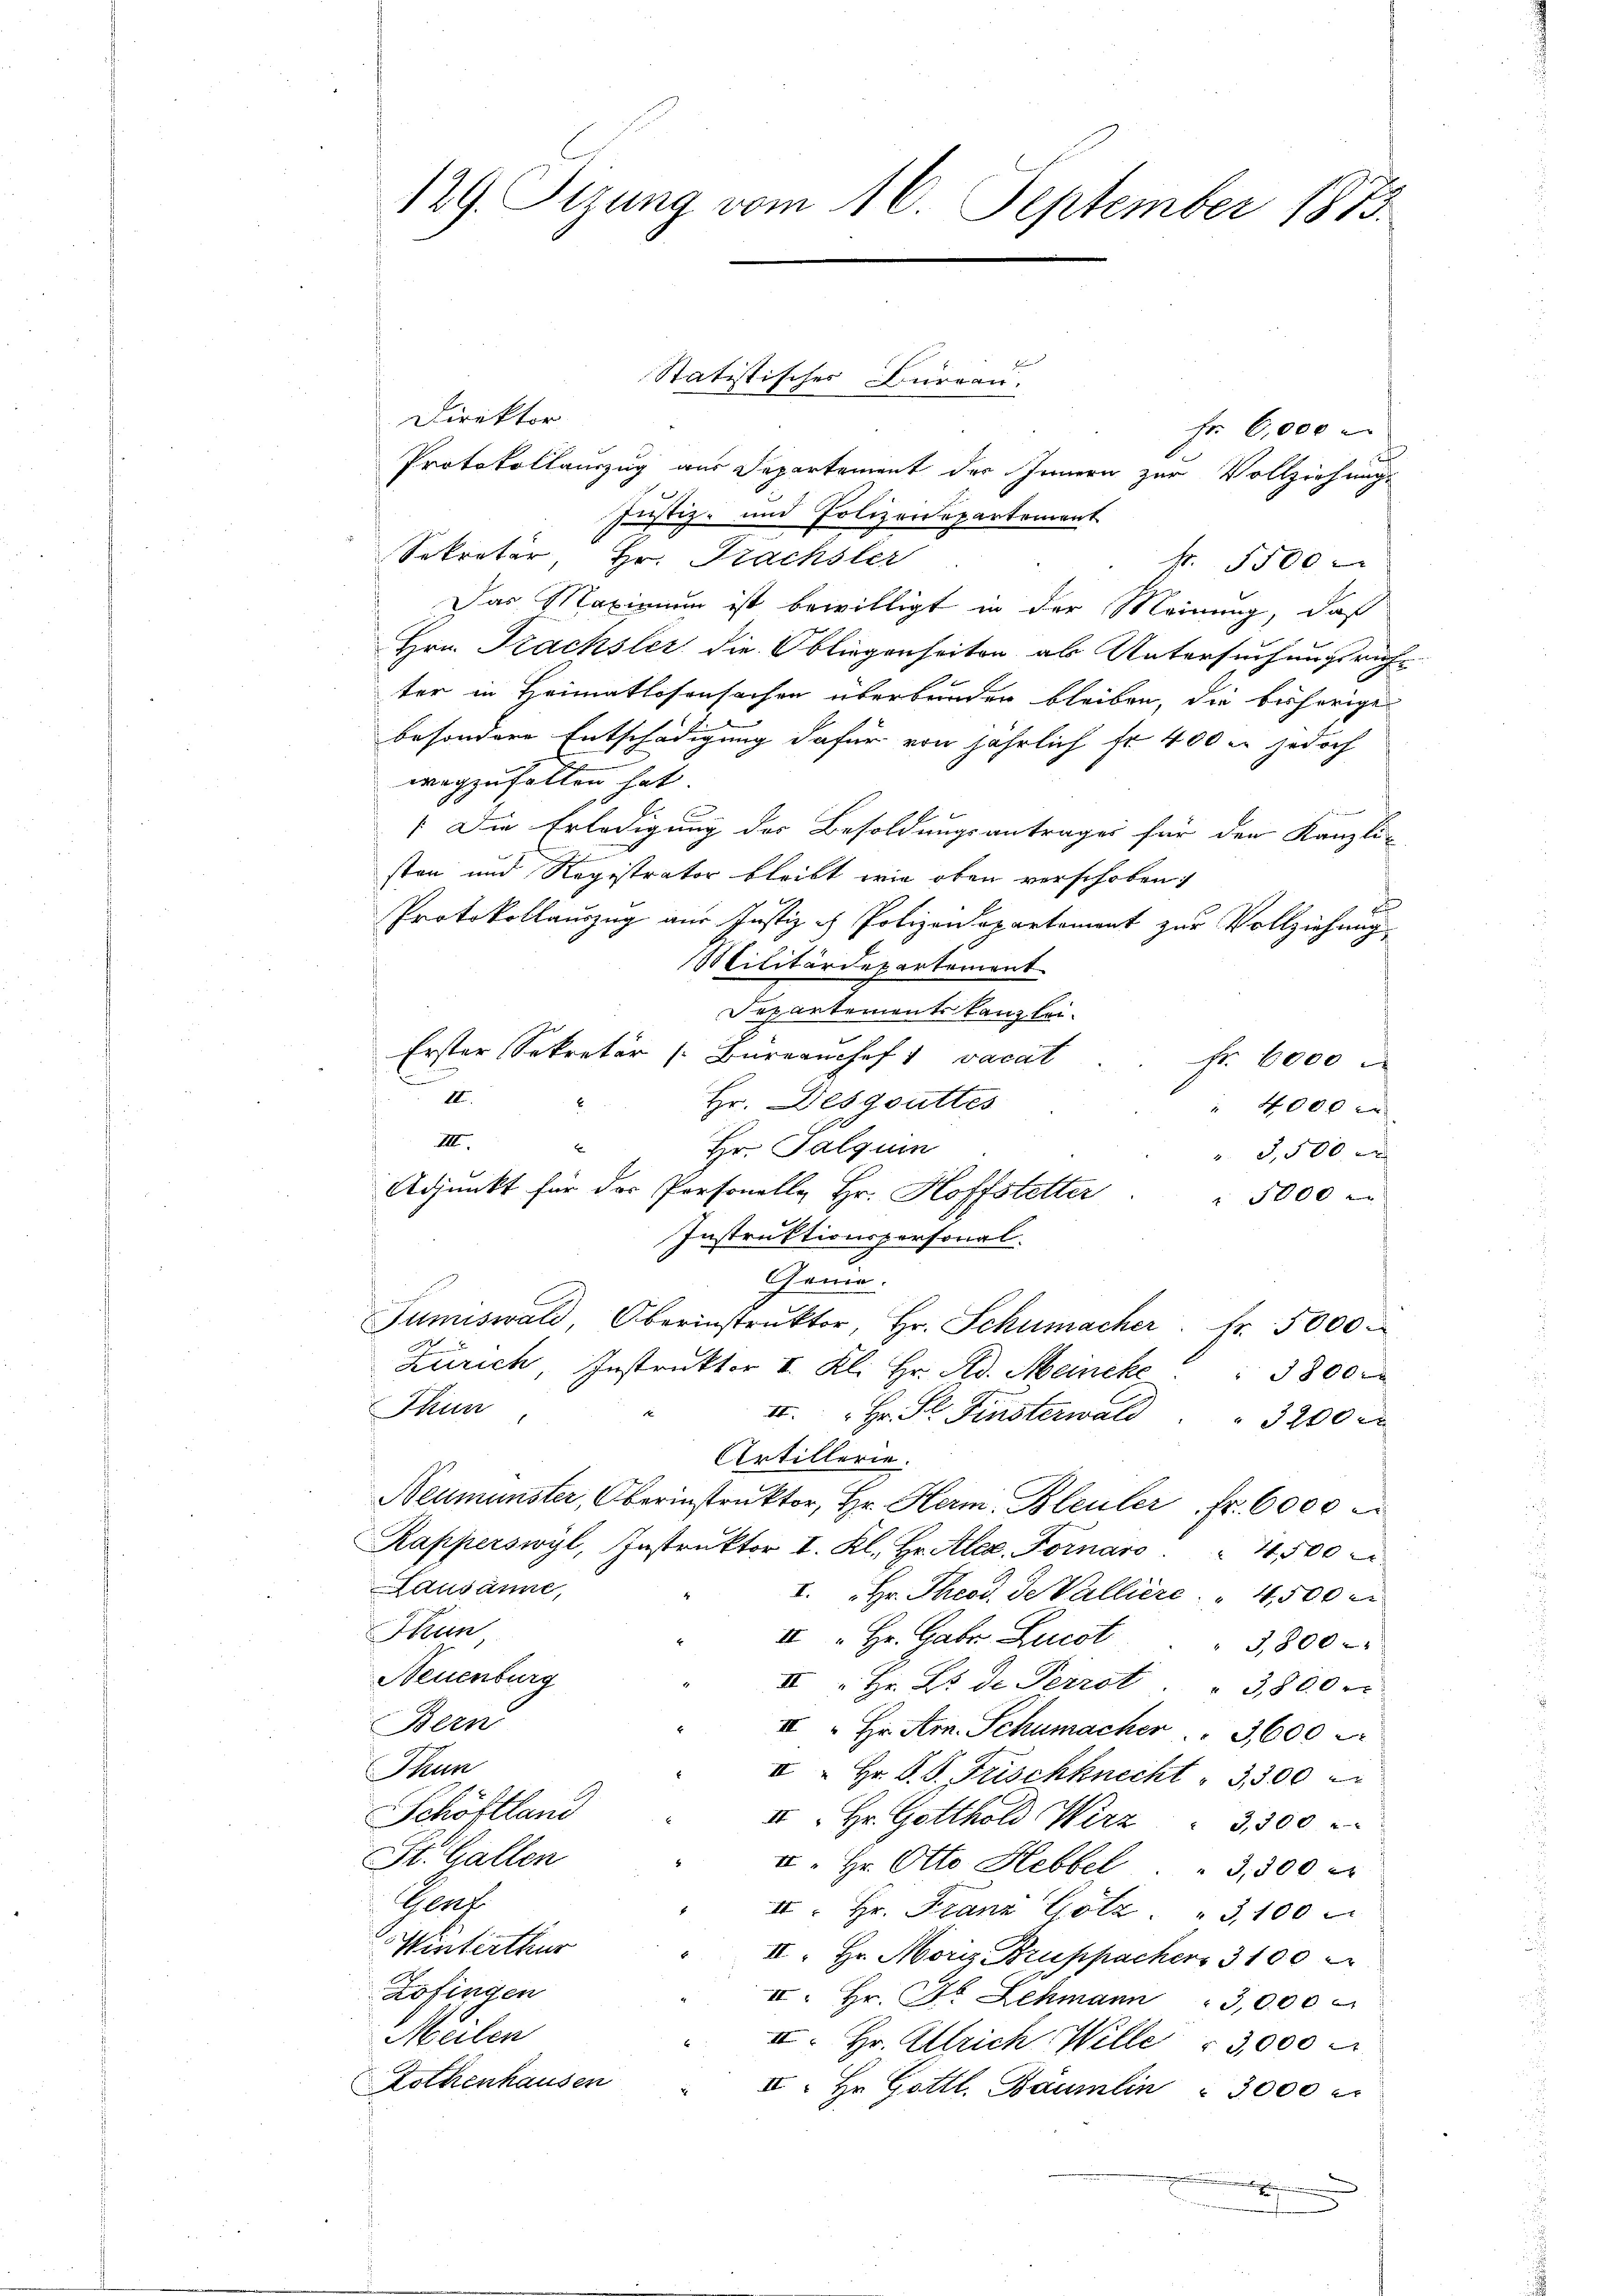
129. Sizung vom 16. September 1873.

Direktor
Fr 6,000
Protokollauszug aus Departement des Innern zur Vollziehungs
Justiz- und Polizeidepartement
Sekretär, Hr. Prachsler
Fr. 5500
Das Maximum ist bewilligt in der Meinung, daß
Hrn. Prachsler die Obliegenheiten als Untersuchungsrichter in Heimatlosensachen überbunden bleiben, die beherige
besondere Entschädigung dafür von jährlich fr. 400 m jedoch
wegzufallen hat.
: Die Erledigung des Besoldungsantrages für den Kanzli-
e
sten und Registrator bleibt wie oben verschoben:
Protokollauszug aus Justiz ich Polizendepartement zur Vollziehung
Militärdepartement
Departementskanzlei-
Erster Sekretär (: Bureanchef 1 vacat
Fr. 6000
e
III.
Hr. Desgouttes
E
4000 c
III.
E
Hr. Palquin
 3,500 x
Adjunkt für der Personelle Hr. Hoffstetter
1000
Instruktionspersonal
Genie.
Tumiswald, Oberinstrŭktor, Hr. Schumacher fr. 5000
Zürich, Instruktor I. Kl. Hr. Ad. Meincke
3800
Thun
 Hr. St. Finsterwald
3200
Artillerie.
Neumünster, Oberinstrŭktor, Hr. Herm. Bleuler fr. 6000 e
Kapperswyl, Instrŭktor I. Kl. Hr. Alex. Fornaro " 400
Lausanne,
I. Hr. Theod. de Valliere    "  4,500 r
Thun
III. Hr. Gaber Zucht
3,800
Neuenburg
II " Hr. Es de Perrot         "  3,800 r
Bern
II "Ein Arn. Schumacher " 3000
Thun
II " Hr. P. G. Frischknecht 3300
Schöftland
u. Hr. Gotthold Wirz " 3,300
St. Gallen
u. Hr. Otto Hebbel . " 3,500 er
Plaf
II. Hr. Franz Götz . " 100
Winterthur
II. Hr. Moris Bruppacher 3100
Zofingen
II. Hr. Fr. Lehmann  "  3,000
Meilen
II. Hr. Altrich Wille 3,000
Rothenhausen
II. Hr. Gottl. Bäumlin " 3000
2

Statistisches Fureau.